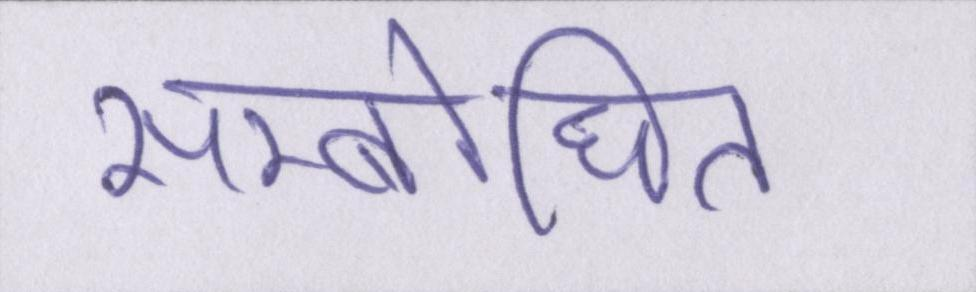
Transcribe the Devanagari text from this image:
सम्बोधित